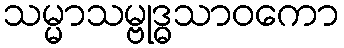
သမ္မာသမ္ဗုဒ္ဓသာဝကော